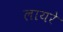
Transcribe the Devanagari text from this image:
लायरे